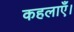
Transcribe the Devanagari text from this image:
कहलाएँ।